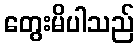
တွေးမိပါသည်